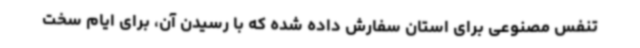
تنفس مصنوعی برای استان سفارش داده‌ شده که با رسیدن آن، برای ایام سخت